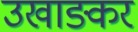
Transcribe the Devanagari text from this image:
उखाङकर